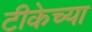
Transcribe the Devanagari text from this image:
टीकेच्या